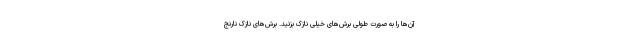
آن‌ها را به صورت طولی برش‌های خیلی نازک بزنید. برش‌های نازک نارنج